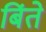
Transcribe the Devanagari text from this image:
बिंते